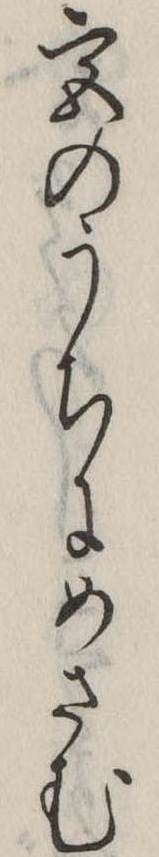
宮のうちにめさむ